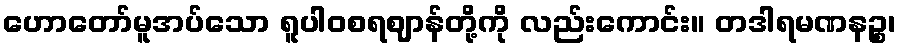
ဟောတော်မူအပ်သော ရူပါဝစရဈာန်တို့ကို လည်းကောင်း။ တဒါရမဏနဉ္စ၊